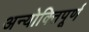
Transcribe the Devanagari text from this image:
अन्योक्तिपूर्ण